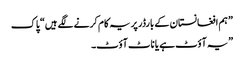
” ہم افغانستان کے بارڈر پر یہ کام کرنے لگے ہیں“ پاک
” یہ آؤٹ ہے یا ناٹ آؤٹ۔